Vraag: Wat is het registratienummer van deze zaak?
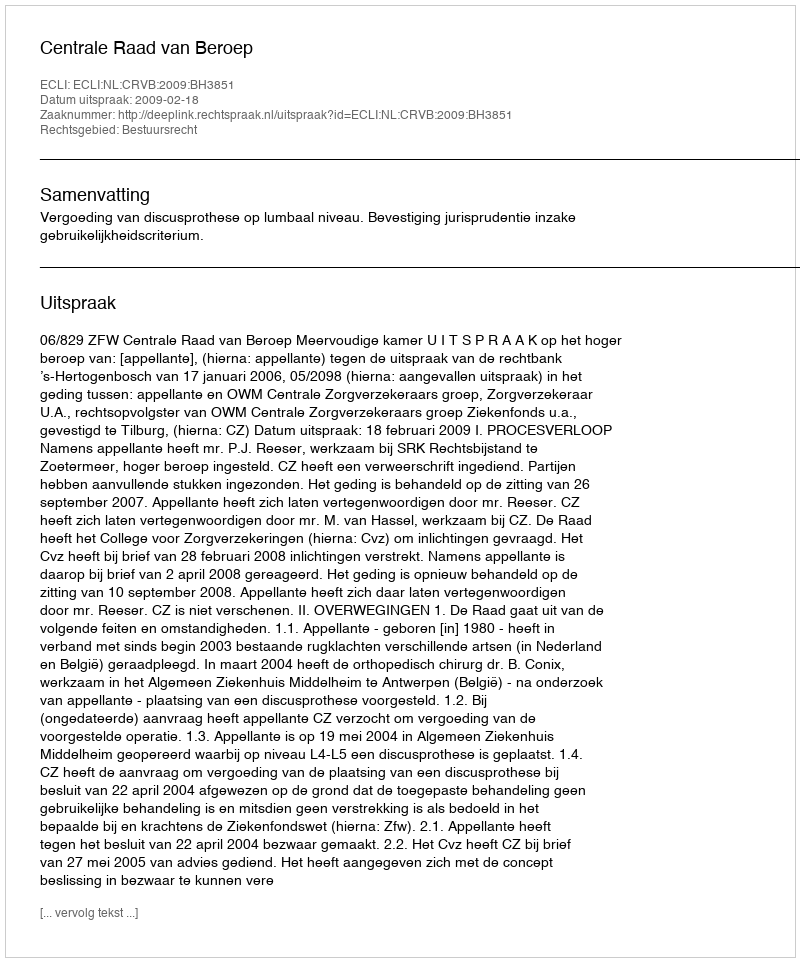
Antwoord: http://deeplink.rechtspraak.nl/uitspraak?id=ECLI:NL:CRVB:2009:BH3851